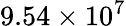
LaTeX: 9.54\times 10^{7}